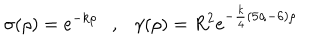
\sigma ( \rho ) = e ^ { - k \rho } , \gamma ( \rho ) = R ^ { 2 } e ^ { - { \frac { k } { 4 } } ( 5 \alpha - 6 ) \rho }